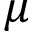
\mu